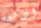
اذكياء